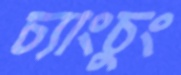
চ্যাংচুং